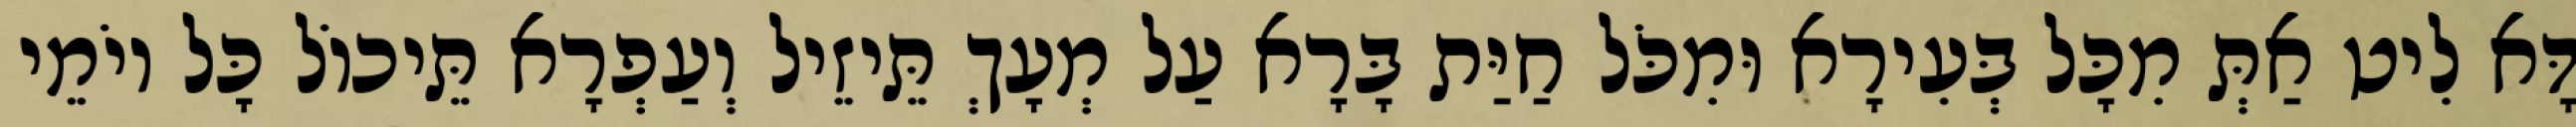
דָּא לִיט אַתְּ מִכָּל בְּעִירָא וּמִכֹּל חַיַּת בָּרָא עַל מְעָךְ תֵּיזֵיל וְעַפְרָא תֵּיכוֹל כָּל יוֹמֵי